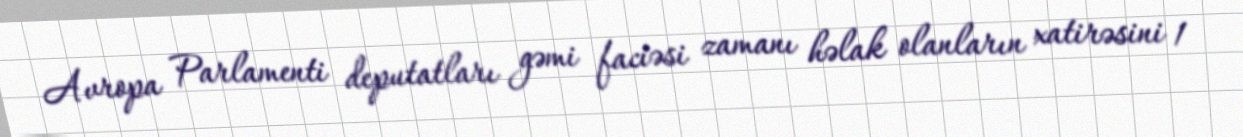
Avropa Parlamenti deputatları gəmi faciəsi zamanı həlak olanların xatirəsini 1